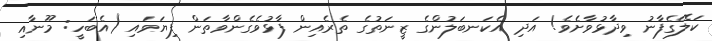
ކަލޭގެފާނު ވިދާޅުވާށެވެ! އަދި އެކަނބަލުންގެ ޒީނަތުގެ ތެރެއިން ފާޅުވެގެންވާތަން ފިޔަވައި (އެބަހީ: މޫނާއި